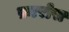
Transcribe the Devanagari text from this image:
फ़ारोस